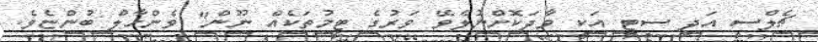
ޗެލްސީ އަދި ސިޓީ އަކީ ވާދަކޮށްނުލެވޭ ވަރުގެ ޓީމުތަކެއް ނޫން" ވެންހާލް ބުންޏެވެ.